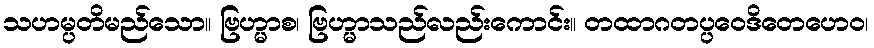
သဟမ္ပတိမည်သော။ ဗြဟ္မာစ၊ ဗြဟ္မာသည်လည်းကောင်း။ တထာဂတပ္ပဝေဒိတေဟေဝ၊